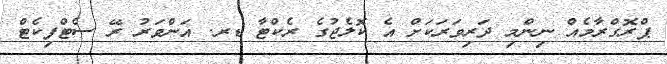
ޕްރޮގްރާމެއް ނިންމި ދަރިވަރަކަށް އެ ކޮލެޖުގެ ރެކްޓާ ޑރ. އަންވަރު ރޭ ސެޓްފިކެޓް